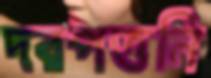
দরপত্তনি